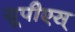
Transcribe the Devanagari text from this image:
यूपीएस्